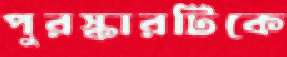
পুরস্কারটিকে